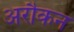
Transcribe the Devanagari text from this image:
अरौकन